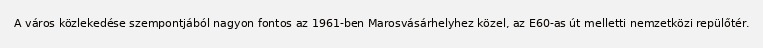
A város közlekedése szempontjából nagyon fontos az 1961-ben Marosvásárhelyhez közel, az E60-as út melletti nemzetközi repülőtér.